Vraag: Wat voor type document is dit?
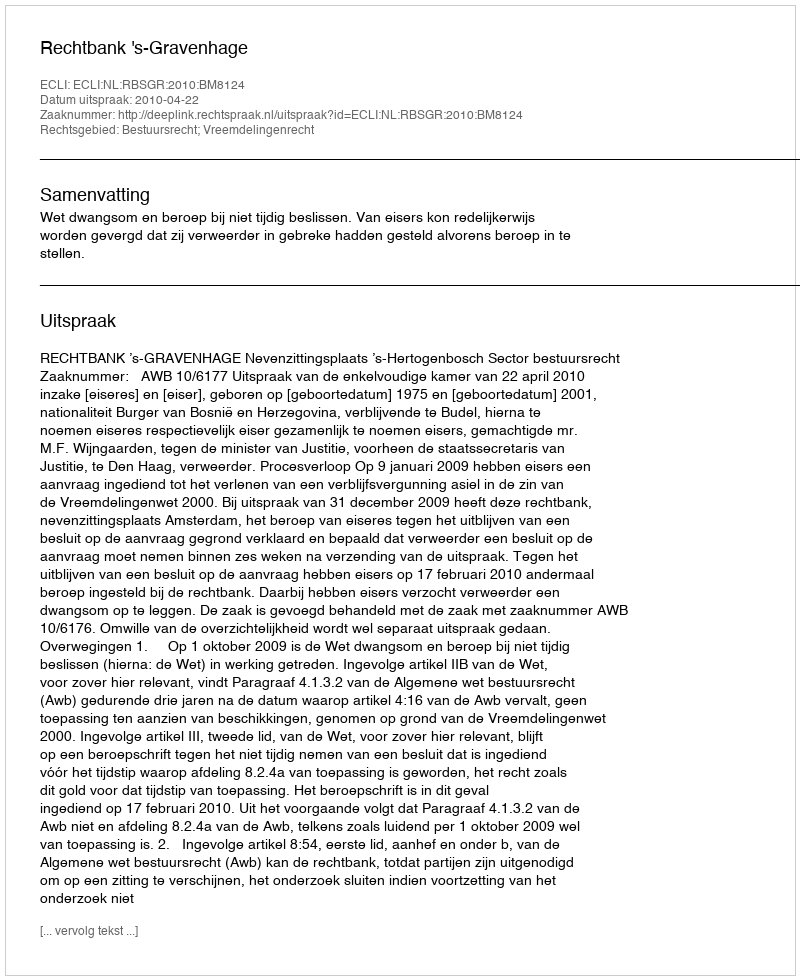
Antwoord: Uitspraak